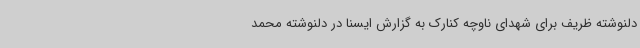
دلنوشته ظریف برای شهدای ناوچه کنارک به گزارش ایسنا در دلنوشته محمد